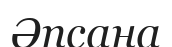
Әпсана